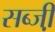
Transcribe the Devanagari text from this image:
सब्जी़